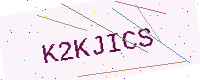
Text: K2KJICS